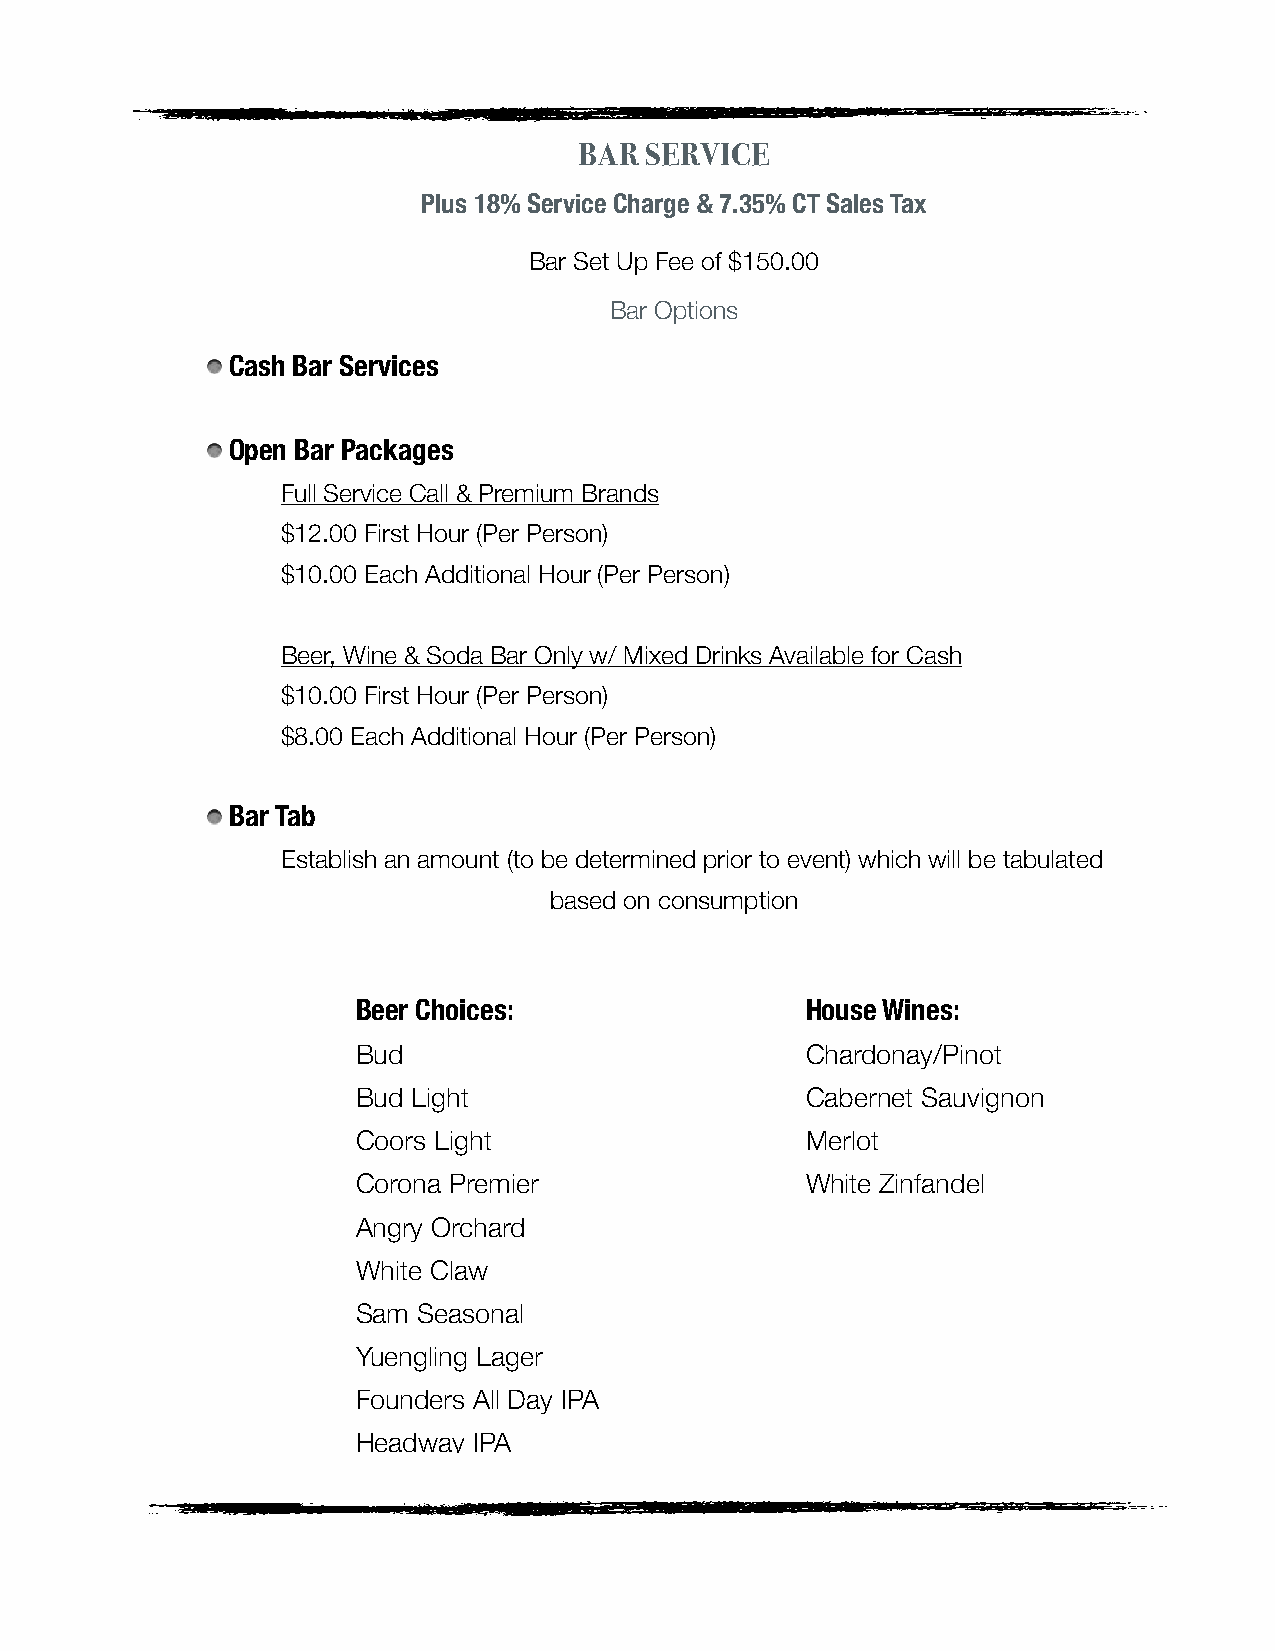
BAR  SERVICE
 Plus 18% Service Charge & 7.35% CT Sales Tax
 Bar Set Up Fee of $150.00
 Bar Options
 Cash Bar Services
 Open Bar Packages
 Full Service Call & Premium Brands
 $12.00 First Hour (Per Person)
 $10.00 Each Additional Hour (Per Person)
 Beer, Wine & Soda Bar Only w/ Mixed Drinks Available for Cash
 $10.00 First Hour (Per Person)
 $8.00 Each Additional Hour (Per Person)
 Bar Tab
 Establish an amount (to be determined prior to event) which will be tabulated
 based on consumption
 Beer Choices:                House Wines:
 Bud                          Chardonay/Pinot
 Bud Light                    Cabernet Sauvignon
 Coors Light                  Merlot
 Corona Premier               White Zinfandel
 Angry Orchard
 White Claw
 Sam Seasonal
 Yuengling Lager
 Founders All Day IPA
 Headway IPA